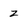
Character: z